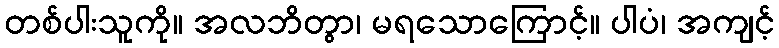
တစ်ပါးသူကို။ အလဘိတွာ၊ မရသောကြောင့်။ ပါပံ၊ အကျင့်